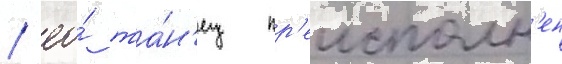
/ ео́ та́н'ец пр'еисполн'ен